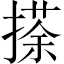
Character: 𢴉